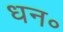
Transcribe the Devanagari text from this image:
धन॰